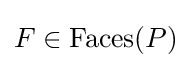
F\in {\textrm {Faces}}(P)